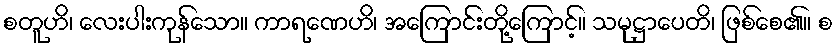
စတူဟိ၊ လေးပါးကုန်သော။ ကာရဏေဟိ၊ အကြောင်းတို့ကြောင့်။ သမုဋ္ဌာပေတိ၊ ဖြစ်စေ၏။ စ